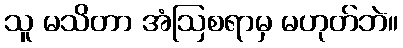
သူ မသိတာ အံဩစရာမှ မဟုတ်ဘဲ။